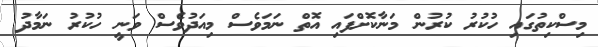
މިސްކިތުގައި ހުކުރު ކުރުން މަނާކޮށްފައި އޮތް ނަމަވެސް މިއަދުވެސް ވަނީ ހުކުރު ނަމާދު